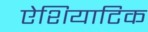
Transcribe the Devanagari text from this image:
ऐशियाटिक